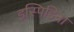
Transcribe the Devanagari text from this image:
इस्पिडिना